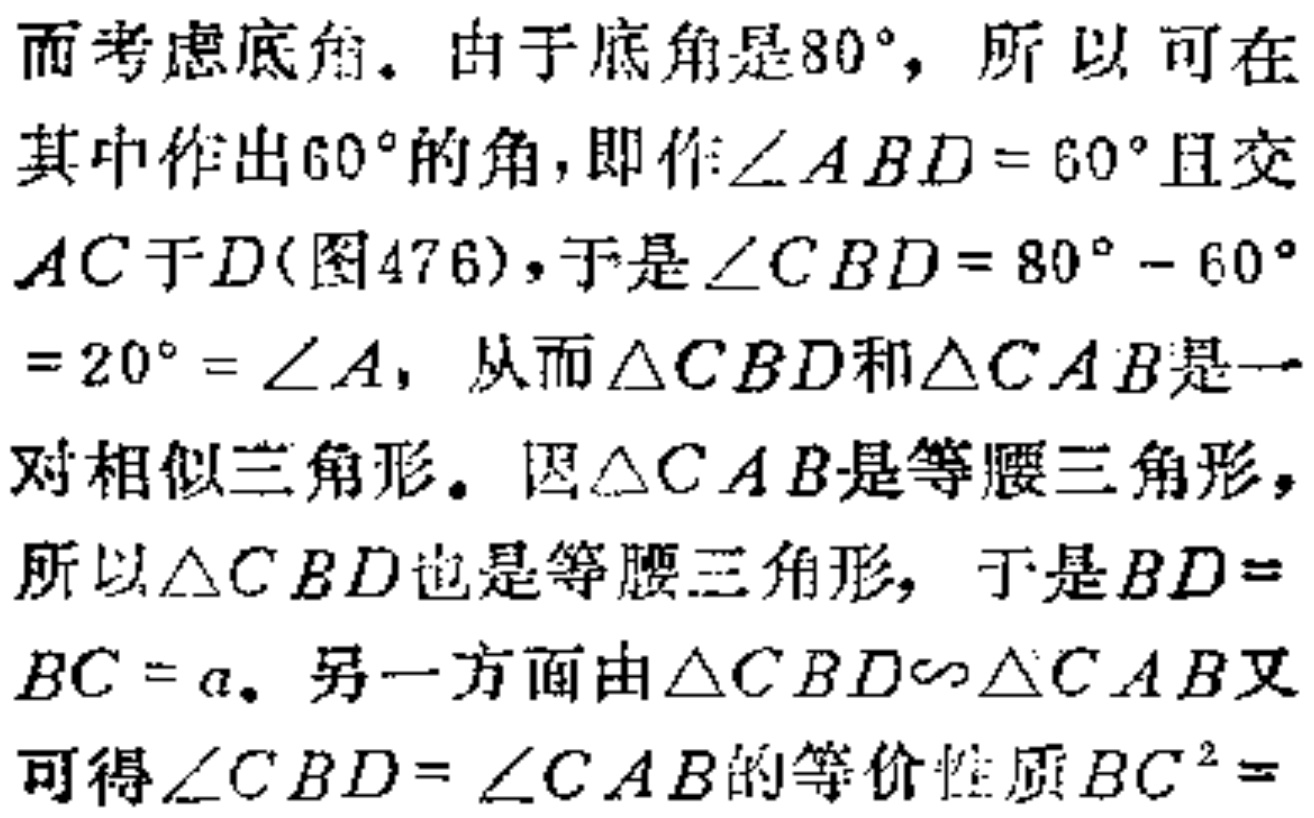
而考虑底角。由于底角是\(80^{\circ}\)，所以可在其中作出\(60^{\circ}\)的角，即作\(\angle ABD = 60^{\circ}\)且交\(AC\)于\(D\)(图476)，于是\(\angle CBD=80^{\circ} - 60^{\circ}=20^{\circ}=\angle A\)，从而\(\triangle CBD\)和\(\triangle CAB\)是一对相似三角形。因\(\triangle CAB\)是等腰三角形，所以\(\triangle CBD\)也是等腰三角形，于是\(BD = BC = a\)。另一方面由\(\triangle CBD\sim\triangle CAB\)又可得\(\angle CBD=\angle CAB\)的等价性质\(BC^{2} =\)